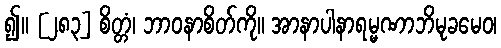
၍။ [၂၈၃] စိတ္တံ၊ ဘာဝနာစိတ်ကို။ အာနာပါနာရမ္မဏာဘိမုခမေဝ၊